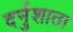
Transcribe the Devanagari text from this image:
दर्नुशाता